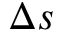
\Delta s